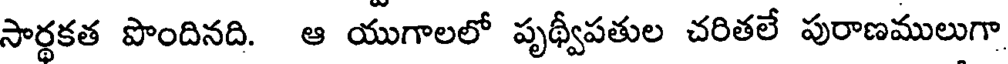
సార్ధకత పొందినది. ఆ యుగాలలో పృథ్వీపతుల చరితలే పురాణములుగా